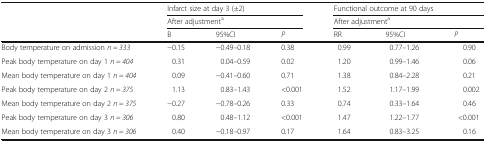
| <ROWSPAN=3>  | <COLSPAN=3> Infarct size at day 3 (±2) | <COLSPAN=3> Functional outcome at 90 days |
 | <COLSPAN=3> After adjustmenta | <COLSPAN=3> After adjustmenta |
 | B | 95%CI | P | RR | 95%CI | P |
 | --- | --- | --- | --- | --- | --- | --- |
 | Body temperature on admission n = 333 | −0.15 | −0.49–0.18 | 0.38 | 0.99 | 0.77–1.26 | 0.90 |
 | Peak body temperature on day 1 n = 404 | 0.31 | 0.04–0.59 | 0.02 | 1.20 | 0.99–1.46 | 0.06 |
 | Mean body temperature on day 1 n = 404 | 0.09 | −0.41–0.60 | 0.71 | 1.38 | 0.84–2.28 | 0.21 |
 | Peak body temperature on day 2 n = 375 | 1.13 | 0.83–1.43 | <0.001 | 1.52 | 1.17–1.99 | 0.002 |
 | Mean body temperature on day 2 n = 375 | −0.27 | −0.78–0.26 | 0.33 | 0.74 | 0.33–1.64 | 0.46 |
 | Peak body temperature on day 3 n = 306 | 0.80 | 0.48–1.12 | <0.001 | 1.47 | 1.22–1.77 | <0.001 |
 | Mean body temperature on day 3 n = 306 | 0.40 | −0.18–0.97 | 0.17 | 1.64 | 0.83–3.25 | 0.16 |